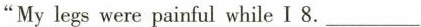
"My legs were painful while I 8.___